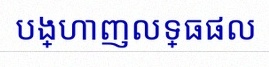
បង្ហាញលទ្ធផល